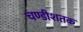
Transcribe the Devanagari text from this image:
चण्डीशतक